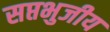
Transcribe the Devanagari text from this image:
सप्तभुजीय